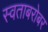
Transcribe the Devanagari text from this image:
स्वताबरोबर